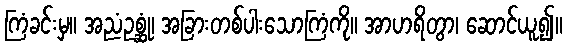
ကြံခင်းမှ။ အညံဥစ္ဆုံ၊ အခြားတစ်ပါးသောကြံကို။ အာဟရိတွာ၊ ဆောင်ယူ၍။